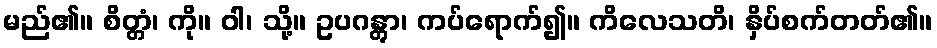
မည်၏။ စိတ္တံ၊ ကို။ ဝါ၊ သို့။ ဥပဂန္တွာ၊ ကပ်ရောက်၍။ ကိလေသတိ၊ နှိပ်စက်တတ်၏။